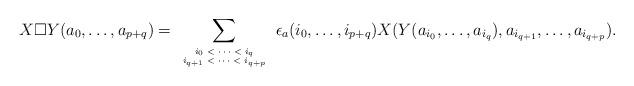
LaTeX: \begin{align*}X \Box Y (a_0, \dots , a_{p+q}) = \sum_{{\tiny \begin{array}{c} i_0 < \dots < i_q \\ i_{q+1} < \dots < i_{q+p} \end{array}}} \epsilon_a(i_0, \dots , i_{p+q}) X(Y(a_{i_0}, \dots , a_{i_q}), a_{i_{q+1}}, \dots , a_{i_{q+p}}).\end{align*}